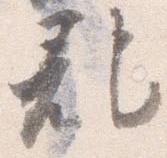
記